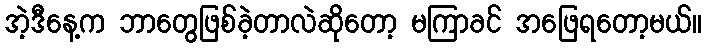
အဲ့ဒီနေ့က ဘာတွေဖြစ်ခဲ့တာလဲဆိုတော့ မကြာခင် အဖြေရတော့မယ်။